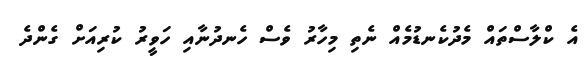
އެ ކްލާސްތައް މެދުކެނޑުމެއް ނެތި މިހާރު ވެސް ހެނދުނާއި ހަވީރު ކުރިއަށް ގެންދެ